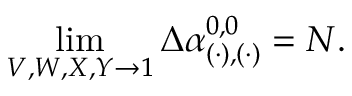
\operatorname * { l i m } _ { V , W , X , Y \rightarrow 1 } \Delta \alpha _ { ( \cdot ) , ( \cdot ) } ^ { 0 , 0 } = N .